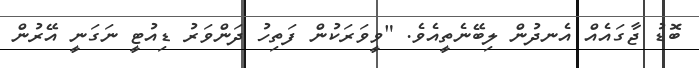
ބޮޑު ޖާގައެއް އެނދުން ލިބޭނެތީއެވެ. "ވީވަރަކުން ފަތިހު ދަންވަރު ޑިއުޓީ ނަގަނީ އޭރުން